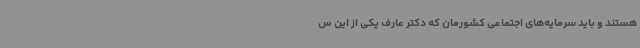
هستند و باید سرمایه‌های اجتماعی کشورمان که دکتر عارف یکی از این س